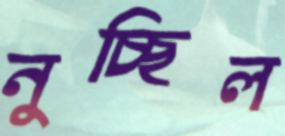
নুচ্ছিল